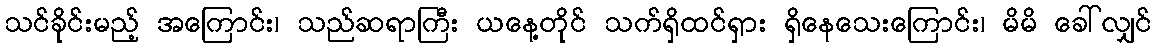
သင်ခိုင်းမည့် အကြောင်း၊ သည်ဆရာကြီး ယနေ့တိုင် သက်ရှိထင်ရှား ရှိနေသေးကြောင်း၊ မိမိ ခေါ်လျှင်